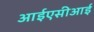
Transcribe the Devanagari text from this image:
आईएसीआई